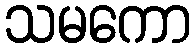
သမကော